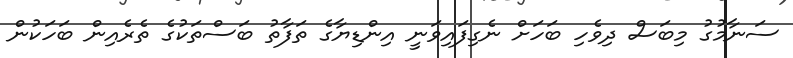
ސަނާމުގު މިބަސް ދިވެހި ބަހަށް ނެގިފައިވަނީ އިންޑިޔާގެ ތަފާތު ބަސްތަކުގެ ތެރެއިން ބަހަކުން